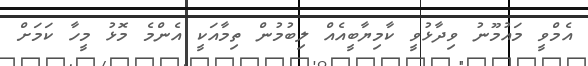
އެމްވީ މައުމޫނު ވިދާޅުވީ ކާމިޔާބީއެއް ލިބުމުން ތިމާއަކީ އެންމެ މޮޅު މީހާ ކަމަށް